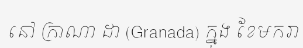
នៅ ក្រាណា ដា (Granada) ក្នុង ខែមករា